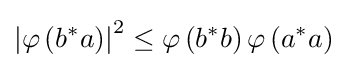
\left|\varphi \left(b^{*}a\right)\right|^{2}\leq \varphi \left(b^{*}b\right)\varphi \left(a^{*}a\right)